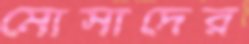
মোসাদের